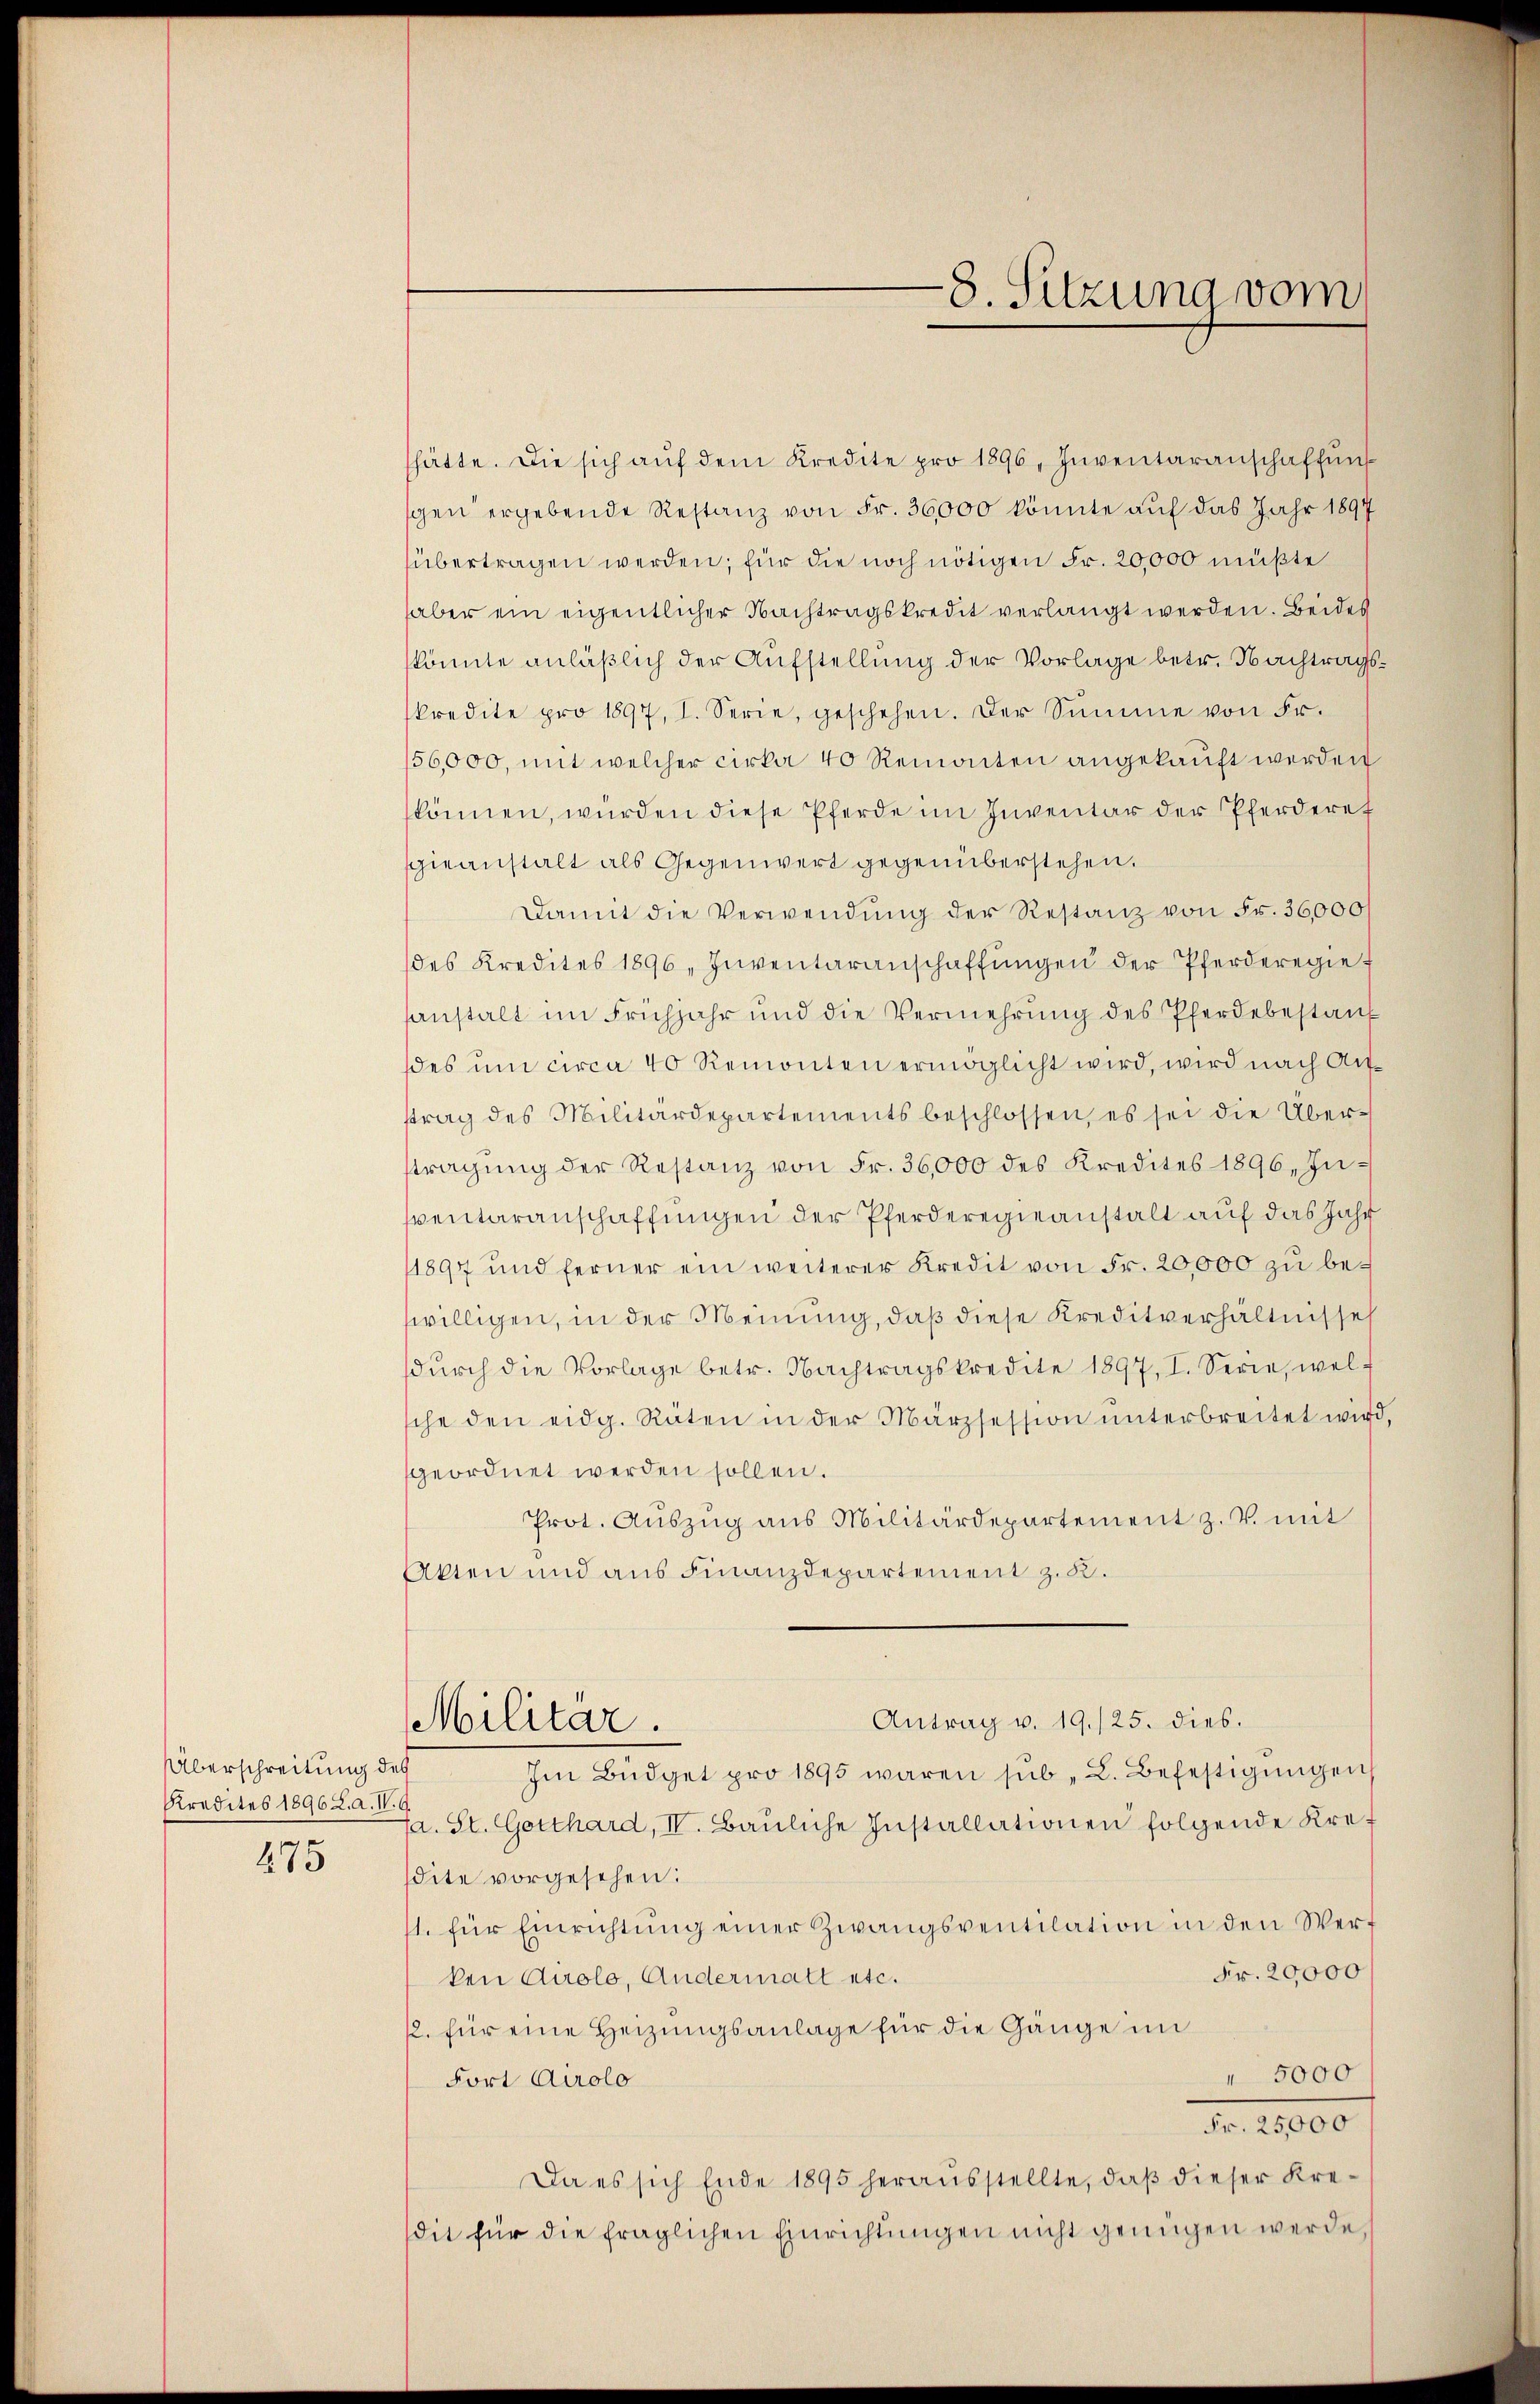
Überschreitung des
Kredites 1896 Z. a. W. G.
475

hätte. Die sich aŭf dem Kredite pro 1896, Inventaranschaffŭng
gen ergebende Restanz von Fr. 36000 könnte auf das Jahr 1897
übertragen werden; für die noch nötigen Fr. 20,000 müßte
aber ein eigentlicher Nachtragskredit verlangt werden. Beides
könnte anläßlich der Aufstellung der Vorlage betr. Nachtragskredite pro 1897, I. Serie, geschehen. Der Sŭmme von Fr.
56,000, mit welcher cirka 40 Remonten angekaŭft werden
können, würden diese Pferde im Inventar der Pferderet
sgieanstalt als Gegenwert gegenüberstehen.
Damit die Verwendung der Restanz von Fr. 36,000/
des Kredites 1896 „Inventaranschaffŭngen der Pferderegie
anstalt im Frühjahr und die Vermehrung des Pferdebestauf
des um circa 40 Remonten ermöglicht wird, wird nach Anttrag des Militärdepartements beschlossen, es sei die Über-
tragŭng der Restanz von Fr. 36,000 des Kredites 1896. In-
sventaranschaffungen der Pferderegieanstalt auf das Jahr
1897 und ferner ein weiterer Kredit von Fr. 20,000 zu bewilligen, in der Meinung, daß diese Kreditverhältnisses
dŭrch die Vorlage betr. Nachtragskredite 1897, I. Serie, wel-
sche den eidg. Raten in der Märzsession ŭnterbreitet wird,
geordnet werden sollen.
Prot. Auszug aus Militärdepartement z. V. mit
Akten und aus Finanzdepartement z. B.
Antrag v. 19./25. dies.
Militär.
Im Büdget pro 1895 waren sub L. Befestigungen
fa. St. Gotthard, IV. Baŭliche Installationen folgende Kraf
sdite vorgesehen:
1. für Einrichtŭng einer Zwangsventilation in den Werf
Fr. 20,000
ken Airolo, Andermatt etc.
1. für eine Heizungsanlage für die Gänge im
 5000
Fort Airolo
Fr. 1000
Da es sich Ende 1895 heraŭsstellte, daβ dieser Kre-
sdit für die fraglichen Einrichtŭngen nicht genügen werde,

-8. Sitzung vom